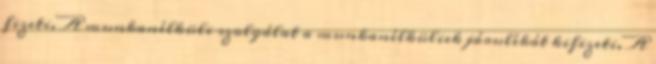
fizeti. A munkanélküli szolgálat a munkanélküliek járulékát kifizeti. A